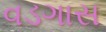
વડગાસ